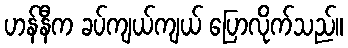
ဟန်နီက ခပ်ကျယ်ကျယ် ပြောလိုက်သည်။